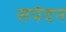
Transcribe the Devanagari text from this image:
सपंदन